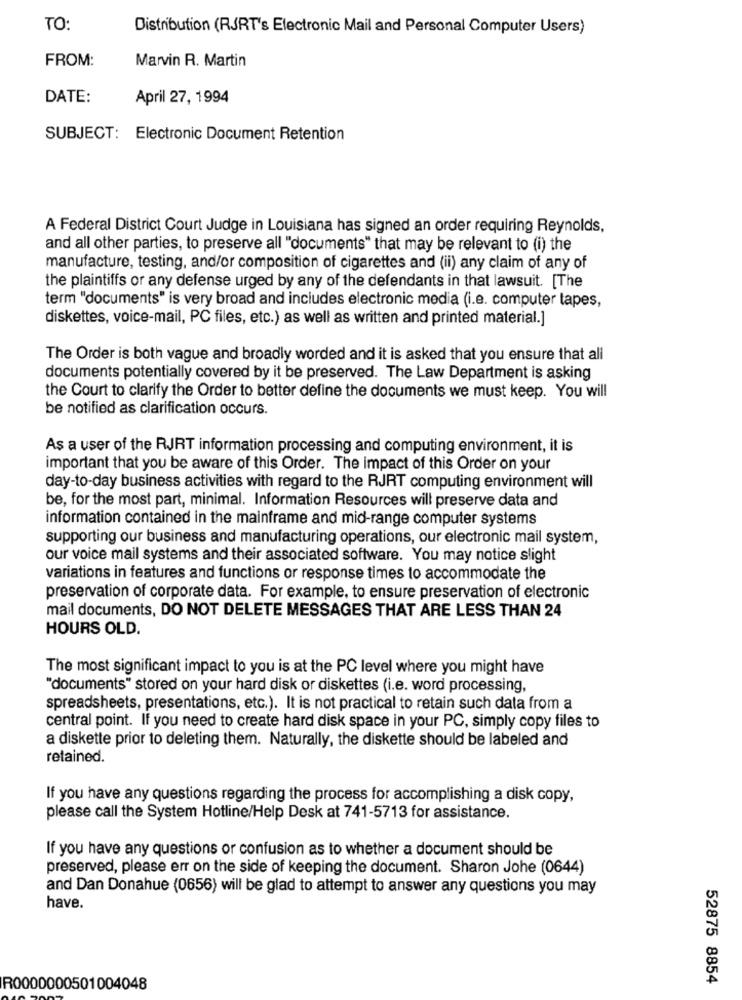
TO:
Distribution (RJRT's Electronic Mail and Personal Computer Users)
FROM:
Marvin R. Martin
DATE:
April 27, 1994
SUBJECT: Electronic Document Retention
A Federal District Court Judge in Louisiana has signed an order requiring Reynolds,
and all other parties, to preserve all "documents" that may be relevant to (i) the
manufacture, testing, and/or composition of cigarettes and (ii) any claim of any of
the plaintiffs or any defense urged by any of the defendants in that lawsuit. [The
term "documents" is very broad and includes electronic media (i.e. computer tapes,
diskettes, voice-mail, PC files, etc.) as well as written and printed material.]
The Order is both vague and broadly worded and it is asked that you ensure that all
documents potentially covered by it be preserved. The Law Department is asking
the Court to clarify the Order to better define the documents we must keep. You will
be notified as clarification occurs.
As a user of the RJRT information processing and computing environment, it is
important that you be aware of this Order. The impact of this Order on your
day-to-day business activities with regard to the RJRT computing environment will
be, for the most part, minimal. Information Resources will preserve data and
information contained in the mainframe and mid-range computer systems
supporting our business and manufacturing operations, our electronic mail system,
our voice mail systems and their associated software. You may notice slight
variations in features and functions or response times to accommodate the
preservation of corporate data. For example, to ensure preservation of electronic
mail documents, DO NOT DELETE MESSAGES THAT ARE LESS THAN 24
HOURS OLD.
The most significant impact to you is at the PC level where you might have
"documents" stored on your hard disk or diskettes (i.e. word processing,
spreadsheets, presentations, etc.). It is not practical to retain such data from a
central point. If you need to create hard disk space in your PC, simply copy files to
a diskette prior to deleting them. Naturally, the diskette should be labeled and
retained.
If you have any questions regarding the process for accomplishing a disk copy,
please call the System Hotline/Help Desk at 741-5713 for assistance.
If you have any questions or confusion as to whether a document should be
preserved, please err on the side of keeping the document. Sharon Johe (0644)
and Dan Donahue (0656) will be glad to attempt to answer any questions you may
have.
52875 8854
R0000000501004048